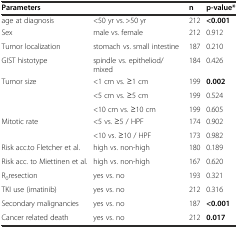
| Parameters |  | n | p-value* |
 | --- | --- | --- | --- |
 | age at diagnosis | <50 yr vs. >50 yr | 212 | <0.001 |
 | Sex | male vs. female | 212 | 0.912 |
 | Tumor localization | stomach vs. small intestine | 187 | 0.210 |
 | GIST histotype | spindle vs. epitheliod/mixed | 184 | 0.426 |
 | Tumor size | <1 cm vs. ≥1 cm | 199 | 0.002 |
 |  | <5 cm vs. ≥5 cm | 199 | 0.524 |
 |  | <10 cm vs. ≥10 cm | 199 | 0.605 |
 | Mitotic rate | <5 vs. ≥5 / HPF | 174 | 0.902 |
 |  | <10 vs. ≥10 / HPF | 173 | 0.982 |
 | Risk acc.to Fletcher et al. | high vs. non-high | 180 | 0.189 |
 | Risk acc. to Miettinen et al. | high vs. non-high | 167 | 0.620 |
 | R0resection | yes vs. no | 193 | 0.321 |
 | TKI use (imatinib) | yes vs. no | 212 | 0.316 |
 | Secondary malignancies | yes vs. no | 187 | <0.001 |
 | Cancer related death | yes vs. no | 212 | 0.017 |